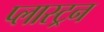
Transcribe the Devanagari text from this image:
प्लास्ट्रन